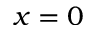
x = 0